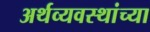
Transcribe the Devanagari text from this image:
अर्थव्यवस्थांच्या